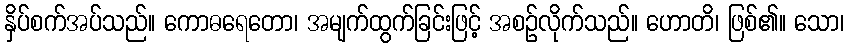
နှိပ်စက်အပ်သည်။ ကောဓရေတော၊ အမျက်ထွက်ခြင်းဖြင့် အစဉ်လိုက်သည်။ ဟောတိ၊ ဖြစ်၏။ သော၊